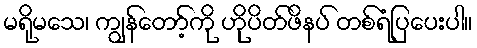
မရိုမသေ၊ ကျွန်တော့်ကို ဟိုပိတ်ဖိနပ် တစ်ရံပြပေးပါ။